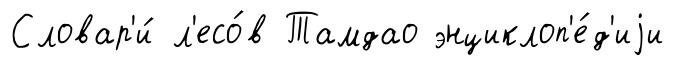
Словар'и́ л'есо́в Тамдао энциклоп'е́д'иjи